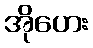
အိုဟေး